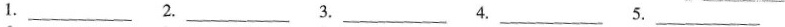
1.___ 2.___ 3.___ 4.___ 5.___